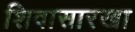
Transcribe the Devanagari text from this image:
शिवासारखा